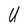
Character: U